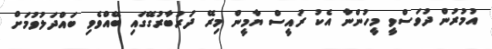
އުމުރުން ދުވަސްވީ މީހުންނާ އެކު ރައީސް ޔާމީން މިރޭ ދަރުބާރުގޭގައި ބޭއްވެވި ބައްދަލުވުމަށް